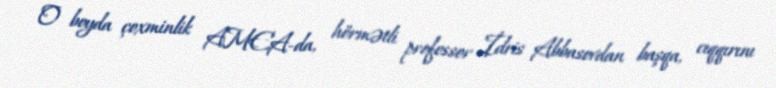
O boyda çoxminlik AMEA-da, hörmətli professor İdris Abbasovdan başqa, cıqqırını